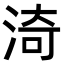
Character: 渏